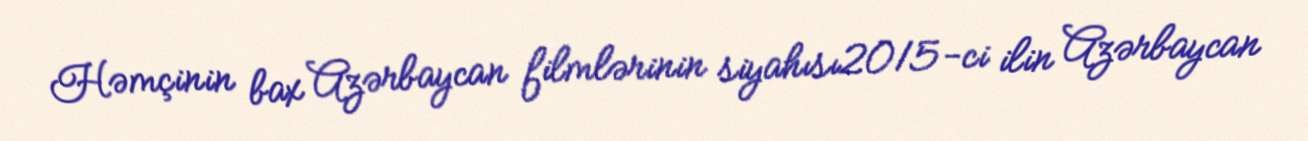
Həmçinin bax Azərbaycan filmlərinin siyahısı2015-ci ilin Azərbaycan